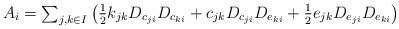
LaTeX: \begin{align*}A_i = \textstyle\sum_{j,k \in I}\big( \tfrac12 k_{jk} D_{c_{ji}} D_{c_{ki}}+ c_{jk} D_{c_{ji}} D_{e_{ki}}+ \tfrac12 e_{jk} D_{e_{ji}} D_{e_{ki}}\big)\end{align*}